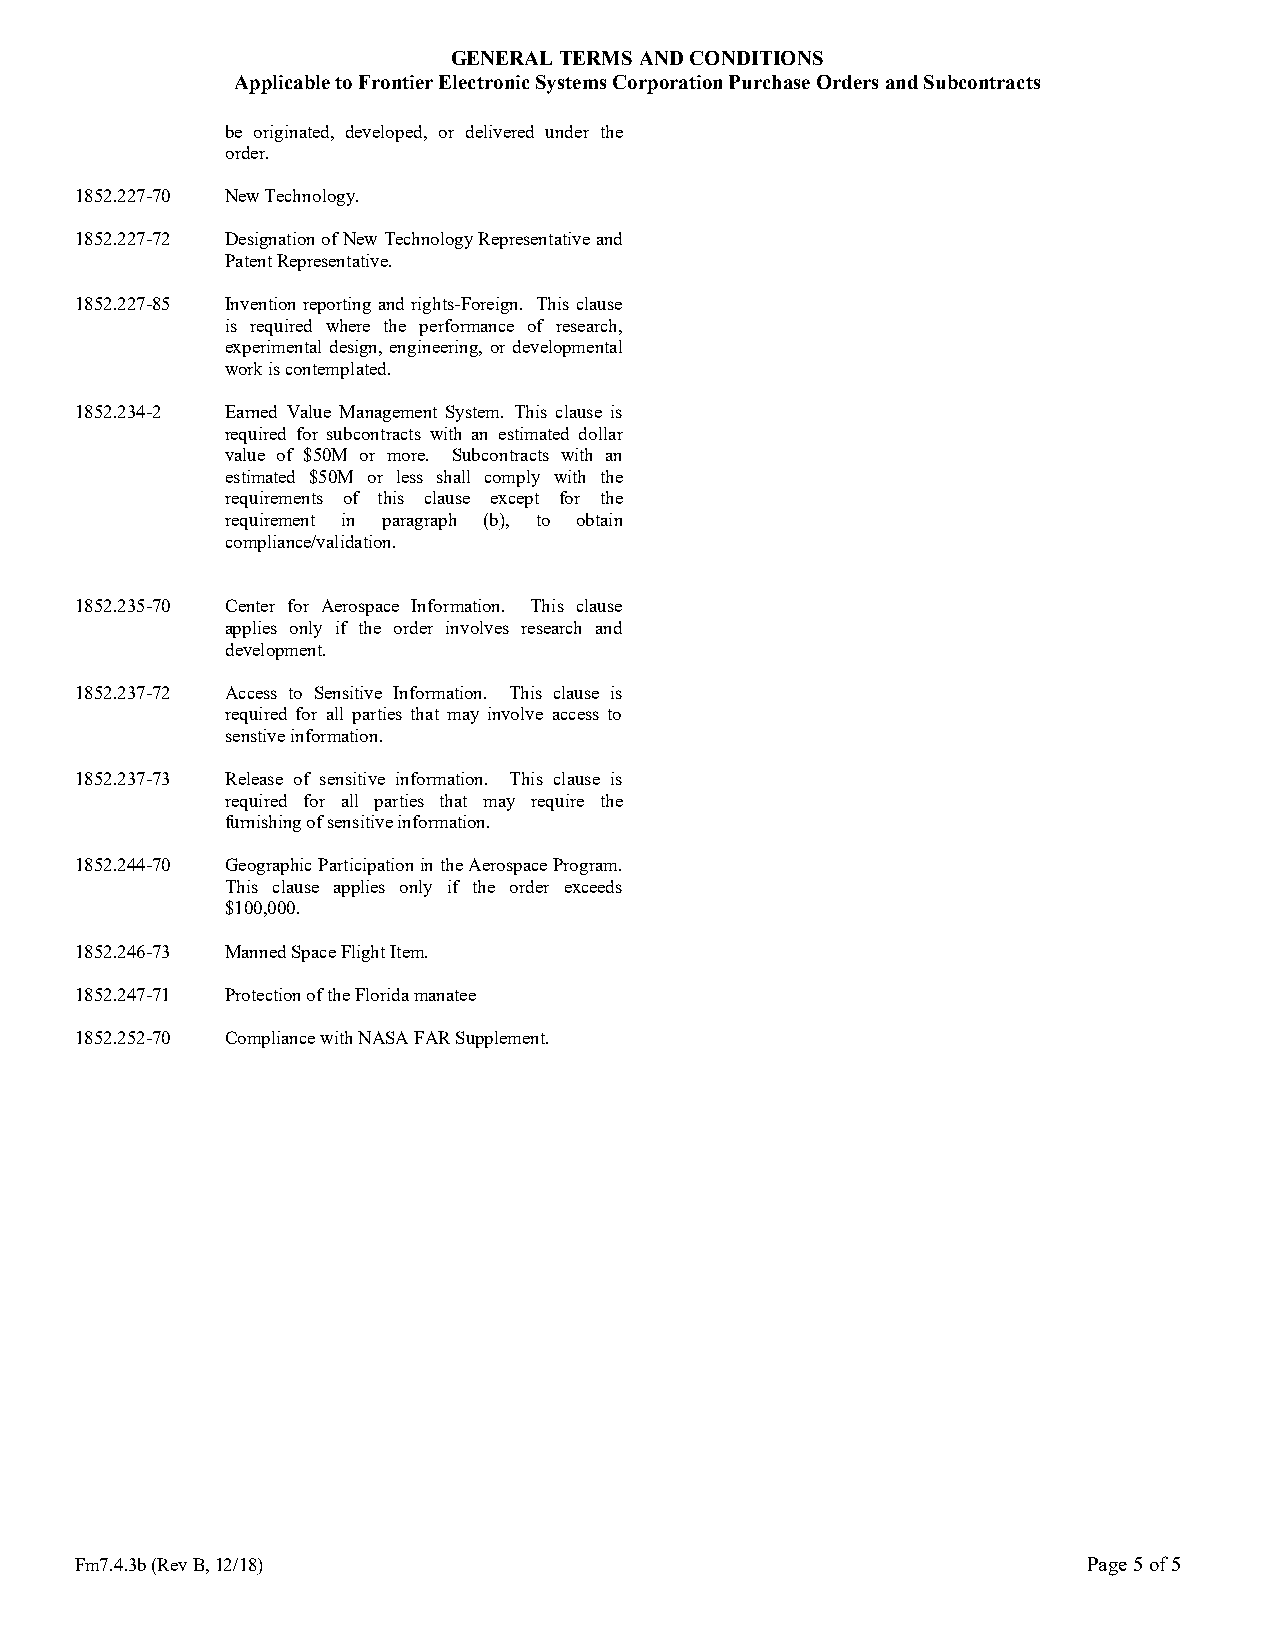
GENERAL TERMS AND CONDITIONS
 Applicable to Frontier Electronic Systems Corporation Purchase Orders and Subcontracts
 be originated, developed, or delivered under the
 order.
 1852.227-70 New Technology.
 1852.227-72 Designation of New Technology Representative and
 Patent Representative.
 1852.227-85 Invention reporting and rights-Foreign. This clause
 is required where the performance of research,
 experimental design, engineering, or developmental
 work is contemplated.
 1852.234-2 Earned Value Management System. This clause is
 required for subcontracts with an estimated dollar
 value of $50M or more. Subcontracts with an
 estimated $50M or less shall comply with the
 requirements of this clause except for the
 requirement in paragraph (b), to obtain
 compliance/validation.
 1852.235-70 Center for Aerospace Information. This clause
 applies only if the order involves research and
 development.
 1852.237-72 Access to Sensitive Information. This clause is
 required for all parties that may involve access to
 senstive information.
 1852.237-73 Release of sensitive information. This clause is
 required for all parties that may require the
 furnishing of sensitive information.
 1852.244-70 Geographic Participation in the Aerospace Program.
 This clause applies only if the order exceeds
 $100,000.
 1852.246-73 Manned Space Flight Item.
 1852.247-71 Protection of the Florida manatee
 1852.252-70 Compliance with NASA FAR Supplement.
 Fm7.4.3b (Rev B, 12/18)                                            Page 5 of 5